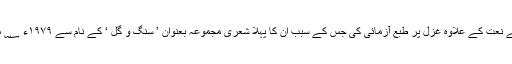
قیوم کنول ؔ نے نعت کے علاوہ غزل پر طبع آزمائی کی جس کے سبب ان کا پہلا شعری مجموعہ بعنوان ’ سنگ و گل ‘ کے نام سے ۱۹۷۹ء ؁ میں شائع ہوا ۔